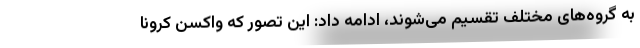
به گروه‌های مختلف تقسیم می‌شوند، ادامه داد: این تصور که واکسن کرونا